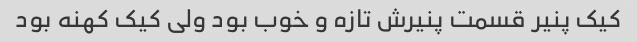
کیک پنیر قسمت پنیرش تازه و خوب بود ولی کیک کهنه بود